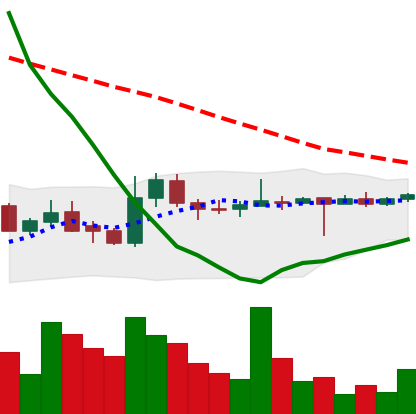
Ticker: LTC-USD
Chart end date: 2015-05-20
Forward return: 23.584%
Label: up_7plus